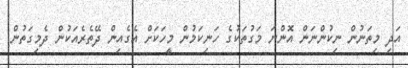
އަދި މިތަނުން ނިކުންނަން އޮންނަ މަގުތަކުގެ ހަނިކަމުން މީހަކަށް އެގެއިން ދޭތެރެއަކުން ދެމިގަތުން